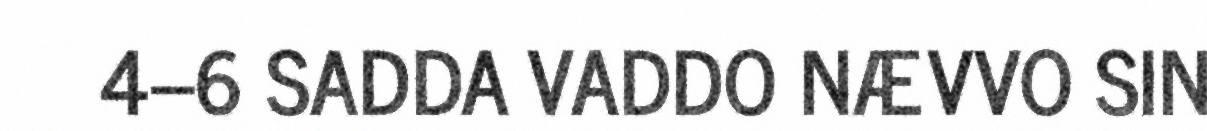
4–6 SADDA VADDO NÆVVO SIN